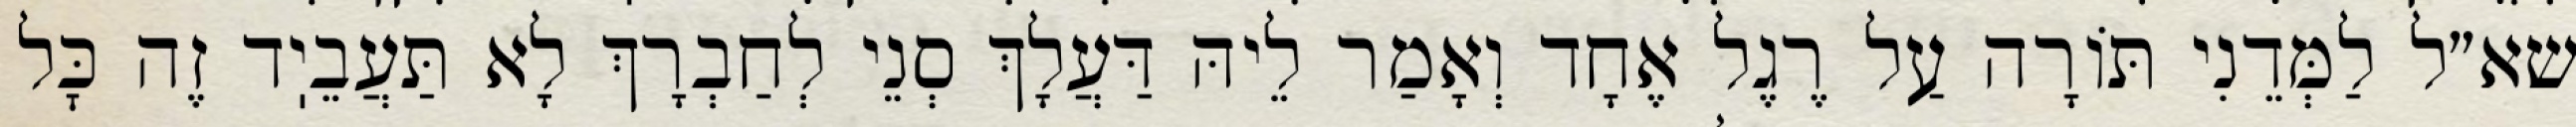
שא״ל לַמְּדֵנִי תּוֹרָה עַל רֶגֶל אֶחָד וְאָמַר לֵיהּ דַּעֲלָךְ סְנֵי לְחַבְרָךְ לָא תַּעֲבֵיֽד זֶה כׇּל